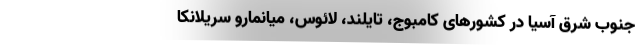
جنوب شرق آسیا در کشورهای کامبوج، تایلند، لائوس، میانمارو سریلانکا